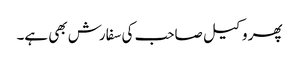
پھر وکیل صاحب کی سفارش بھی ہے۔